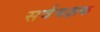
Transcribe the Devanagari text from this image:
सर्वभक्षक